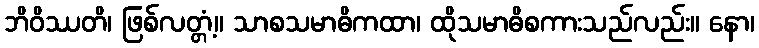
ဘိဝိဿတိ၊ ဖြစ်လတ္တံ့။ သာစသမာဓိကထာ၊ ထိုသမာဓိစကားသည်လည်း။ နော၊